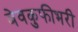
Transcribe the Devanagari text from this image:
बेवकुफीभरी